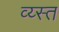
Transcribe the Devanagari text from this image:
व्य्स्त